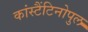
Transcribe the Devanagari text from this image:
कांस्टैंटिनोपुल